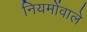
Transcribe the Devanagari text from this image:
नियमोंवाले